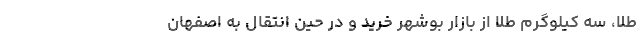
طلا، سه کیلوگرم طلا از بازار بوشهر خرید و در حین انتقال به اصفهان